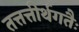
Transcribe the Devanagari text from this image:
तत्तत्तीर्थगतैः